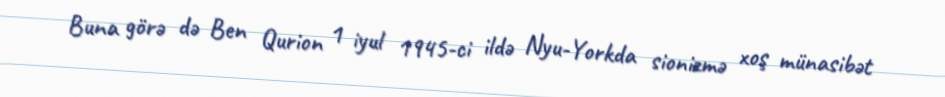
Buna görə də Ben Qurion 1 iyul 1945-ci ildə Nyu-Yorkda sionizmə xoş münasibət